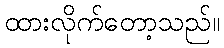
ထားလိုက်တော့သည်။